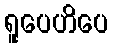
ရူပေဟိပေ